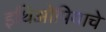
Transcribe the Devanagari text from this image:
इथिओपियाचे